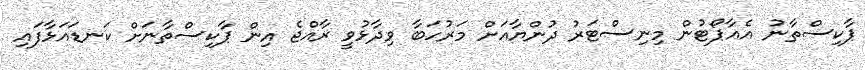
ޕާކިސްތާނު އެއާޕޯޓުން މިނިސްޓަރު ދުންޔާއަށް މަރުހަބާ ވިދާޅުވީ ރާއްޖެ އިން ޕާކިސްތާނަށް ކަނޑައަޅާފައި